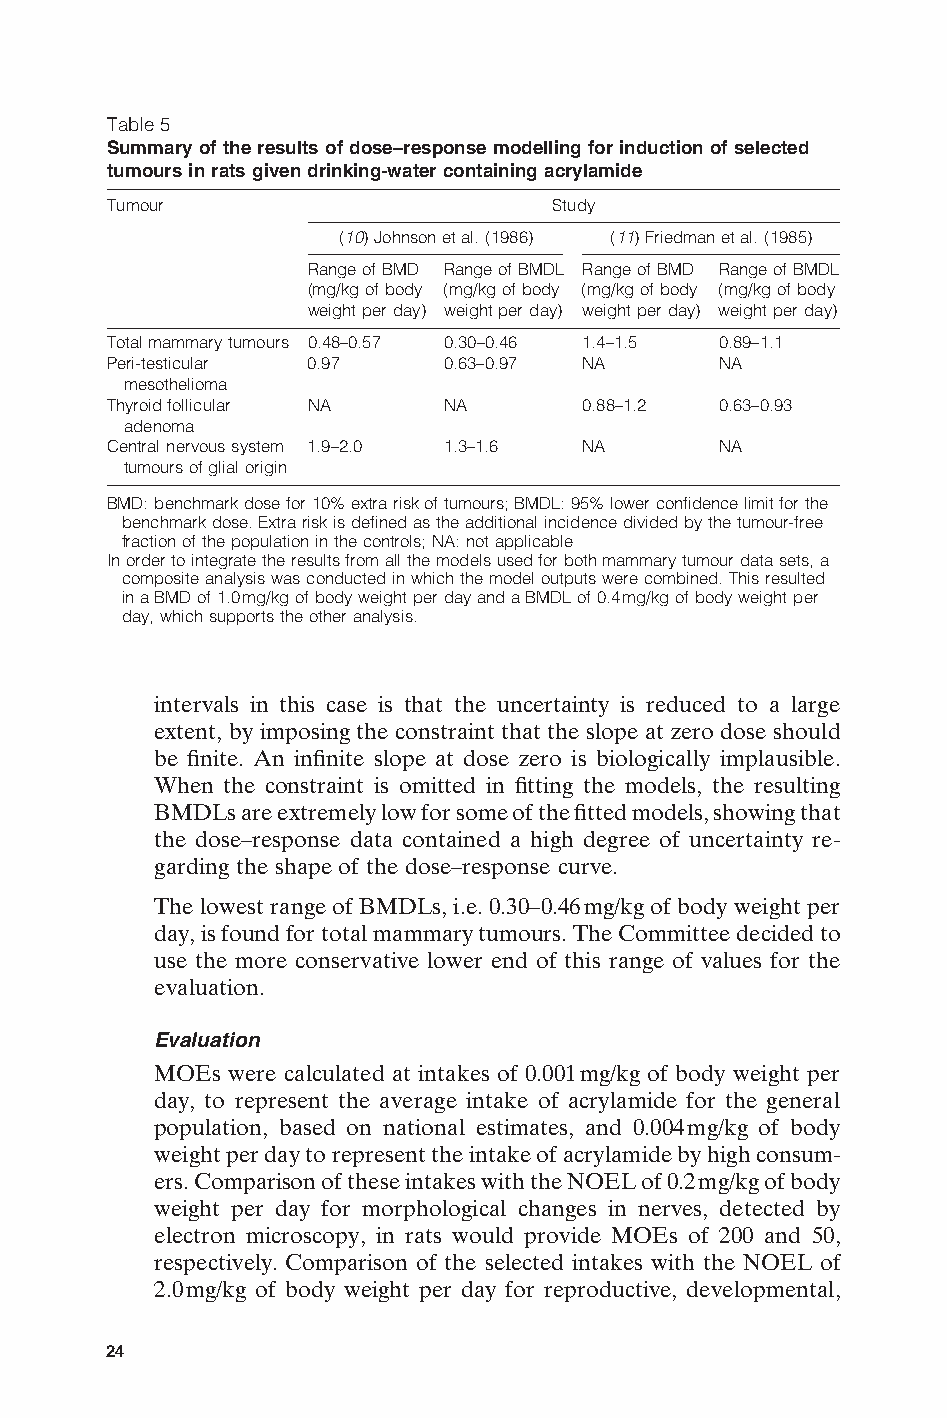
Table 5
 Summary of the results of dose–response modelling for induction of selected
 tumours in rats given drinking-water containing acrylamide
 Tumour                       Study
 (10) Johnson et al. (1986) (11) Friedman et al. (1985)
 Range of BMD Range of BMDL Range of BMD Range of BMDL
 (mg/kg of body (mg/kg of body (mg/kg of body (mg/kg of body
 weight per day) weight per day) weight per day) weight per day)
 Total mammary tumours 0.48–0.57 0.30–0.46 1.4–1.5 0.89–1.1
 Peri-testicular 0.97  0.63–0.97 NA      NA
 mesothelioma
 Thyroid follicular NA NA       0.88–1.2 0.63–0.93
 adenoma
 Central nervous system 1.9–2.0 1.3–1.6 NA NA
 tumours of glial origin
 BMD: benchmark dose for 10% extra risk of tumours; BMDL: 95% lower confidence limit for the
 benchmark dose. Extra risk is defined as the additional incidence divided by the tumour-free
 fraction of the population in the controls; NA: not applicable
 In order to integrate the results from all the models used for both mammary tumour data sets, a
 composite analysis was conducted in which the model outputs were combined. This resulted
 in a BMD of 1.0mg/kg of body weight per day and a BMDL of 0.4mg/kg of body weight per
 day, which supports the other analysis.
 intervals in this case is that the uncertainty is reduced to a large
 extent, by imposing the constraint that the slope at zero dose should
 be finite. An infinite slope at dose zero is biologically implausible.
 When the constraint is omitted in fitting the models, the resulting
 BMDLs are extremely low for some of the fitted models, showing that
 the dose–response data contained a high degree of uncertainty re-
 garding the shape of the dose–response curve.
 The lowest range of BMDLs, i.e. 0.30–0.46mg/kg of body weight per
 day, is found for total mammary tumours. The Committee decided to
 use the more conservative lower end of this range of values for the
 evaluation.
 Evaluation
 MOEs were calculated at intakes of 0.001mg/kg of body weight per
 day, to represent the average intake of acrylamide for the general
 population, based on national estimates, and 0.004mg/kg of body
 weight per day to represent the intake of acrylamide by high consum-
 ers. Comparison of these intakes with the NOEL of 0.2mg/kg of body
 weight per day for morphological changes in nerves, detected by
 electron microscopy, in rats would provide MOEs of 200 and 50,
 respectively. Comparison of the selected intakes with the NOEL of
 E
 2.0mg/kg of body weight per day for reproductive, developmental,
 24
 Untitled-4       24                    12/20/05, 19:53